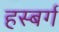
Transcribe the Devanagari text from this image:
हस्बर्ग